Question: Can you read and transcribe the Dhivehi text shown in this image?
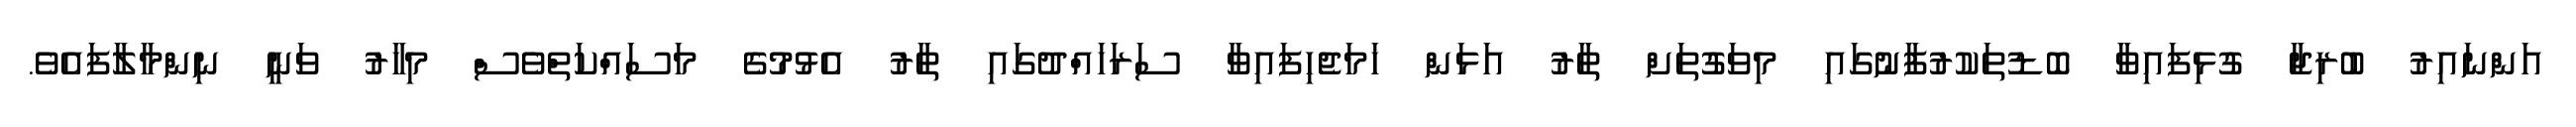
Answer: އަންނައިރު ބުރިޖާ ގުޅިފައިވާ ބޮޑުތަކުރުފާނުގައި މިވަގުތަށް ތާރު އަޅަން ހަމަޖެހިފައިވާ ސަރަހައްދުގައި ތާރު އެޅުމުގެ މަސައްކަތްވެސް މިހާރު ވަނީ ނިންމާލާފައެވެ.